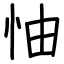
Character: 怞